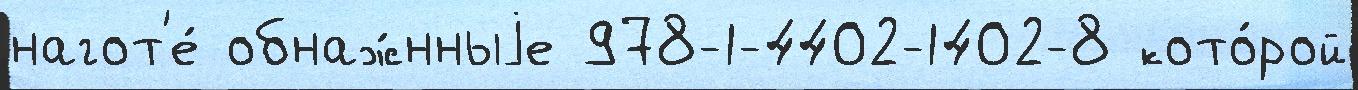
нагот'е́ обнаж́нныjе 978-1-4402-1402-8 кото́рой